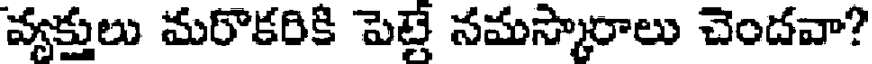
వ్యక్తులు మరొకరికి పెట్టే నమస్కారాలు చెందవా?